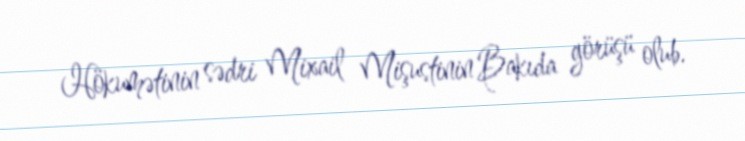
Hökumətinin sədri Mixail Mişustinin Bakıda görüşü olub.